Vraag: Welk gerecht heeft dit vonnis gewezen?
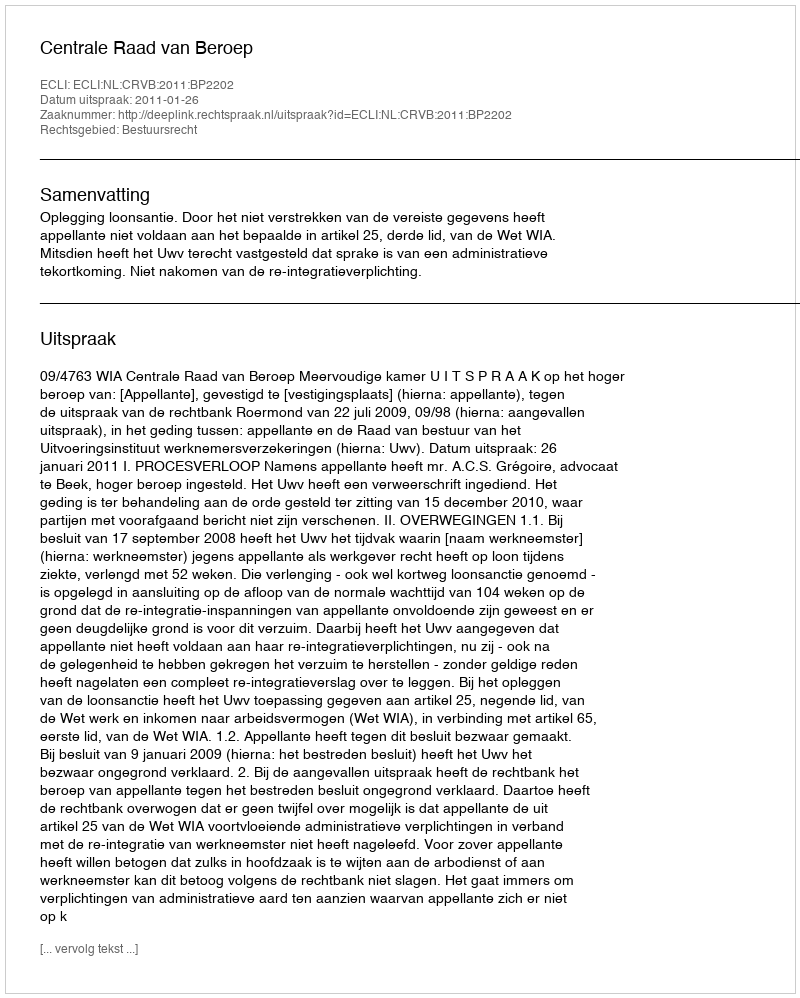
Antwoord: Centrale Raad van Beroep